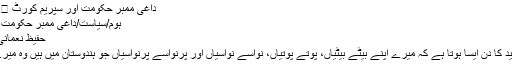
داغی ممبر حکومت اور سپریم کورٹ ⋆ مضامین ڈاٹ کام
ہوم/سیاست/داغی ممبر حکومت اور سپریم کورٹ
حفیظ نعمانی 06/09/2018
پورے سال میں عید کا دن ایسا ہوتا ہے کہ میرے اپنے بیٹے بیٹیاں، پوتے پوتیاں، نواسے نواسیاں اور پرنواسے پرنواسیاں جو ہندوستان میں ہیں وہ میرے پاس ہوتے ہیں۔